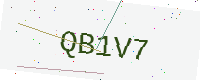
Text: QB1V7